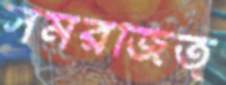
সমরজিত্